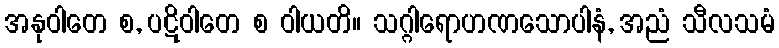
အနုဝါတေ စ, ပဋိဝါတေ စ ဝါယတိ။ သဂ္ဂါရောဟဏသောပါနံ, အညံ သီလသမံ